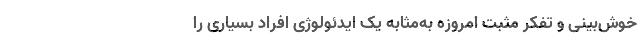
خوش‌بینی و تفکر مثبت امروزه به‌مثابه یک ایدئولوژی افراد بسیاری را